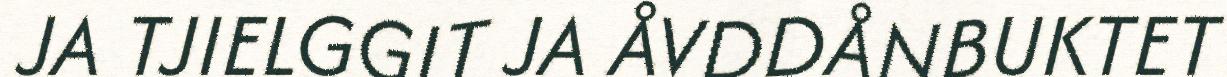
JA TJIELGGIT JA ÅVDDÅNBUKTET